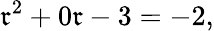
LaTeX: \mathfrak{r}^{2}+0\mathfrak{r}-3=-2,